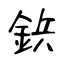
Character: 鋲